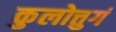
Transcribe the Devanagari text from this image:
कुलोत्तुगं